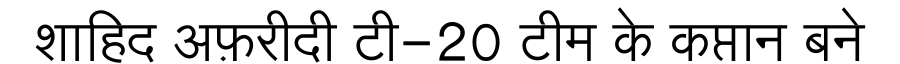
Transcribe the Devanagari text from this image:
शाहिद अफ़रीदी टी-20 टीम के कप्तान बने